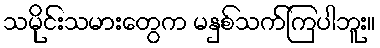
သမိုင်းသမားတွေက မနှစ်သက်ကြပါဘူး။